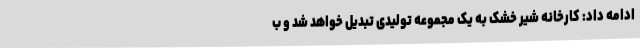
ادامه داد: کارخانه شیر خشک به یک مجموعه تولیدی تبدیل خواهد شد و ب